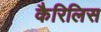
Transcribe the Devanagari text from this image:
कैरिलिस